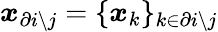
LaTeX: \boldsymbol{x}_{\partial i\setminus j}=\{ \boldsymbol{x}_{k}\} _{k\in{\partial i\setminus j}}